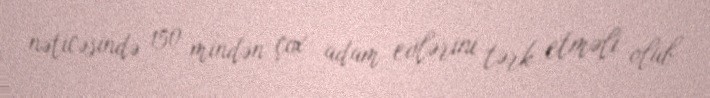
nəticəsində 150 mindən çox adam evlərini tərk etməli olub.